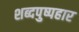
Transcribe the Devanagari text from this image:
शब्दपुष्पहार